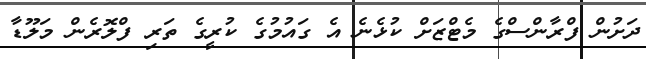
ދަށުން ފްރާންސްގެ މެޓްޒަށް ކުޅެނެ އެ ގައުމުގެ ކުރީގެ ތަރި ފްލޮރެން މަލޫޑާ